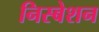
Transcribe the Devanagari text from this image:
निस्बेशन